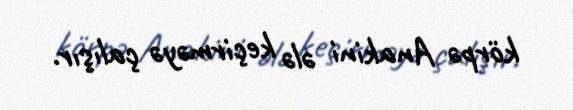
körpə Anakini ələ keçirməyə çalışır.